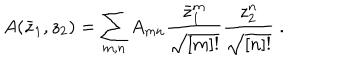
A ( \bar { z } _ { 1 } , z _ { 2 } ) = \sum _ { m , n } A _ { m n } \frac { \bar { z } _ { 1 } ^ { m } } { \sqrt { [ m ] ! } } \frac { z _ { 2 } ^ { n } } { \sqrt { [ n ] ! } } \ .